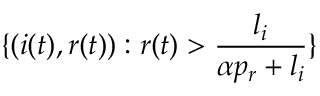
\{ ( i ( t ) , r ( t ) ) : r ( t ) > \frac { l _ { i } } { \alpha p _ { r } + l _ { i } } \}